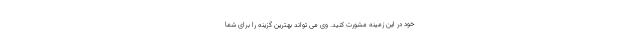
خود در این زمینه مشورت کنید. وی می تواند بهترین گزینه را برای شما